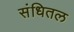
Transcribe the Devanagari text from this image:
संधितल